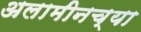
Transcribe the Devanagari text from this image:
अलामीनच्या